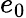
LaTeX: e_{0}